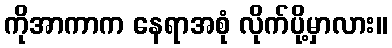
ကိုအာကာက နေရာအစုံ လိုက်ပို့မှာလား။